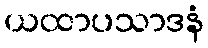
ယထာပသာဒနံ